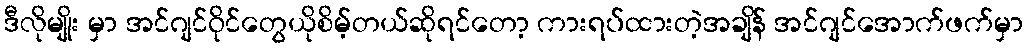
ဒီလိုမျိုး မှာ အင်ဂျင်ဝိုင်တွေယိုစိမ့်တယ်ဆိုရင်တော့ ကားရပ်ထားတဲ့အချိန် အင်ဂျင်အောက်ဖက်မှာ